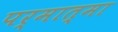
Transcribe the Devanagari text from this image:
पर्मात्मा